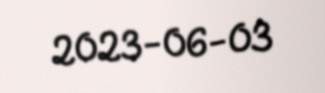
2023-06-03